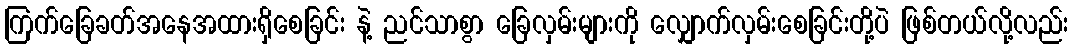
ကြက်ခြေခတ်အနေအထားရှိစေခြင်း နဲ့ ညင်သာစွာ ခြေလှမ်းများကို လျှောက်လှမ်းစေခြင်းတို့ပဲ ဖြစ်တယ်လို့လည်း